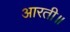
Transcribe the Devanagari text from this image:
आरती॥